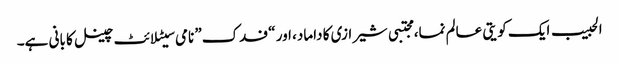
الحبیب ایک کویتی عالم نما، مجتبی شیرازی کا داماد، اور “فدک” نامی سیٹلائٹ چینل کا بانی ہے۔